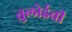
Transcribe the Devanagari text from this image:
तुलोईची